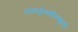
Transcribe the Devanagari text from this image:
नागार्जुनकल्किभूपती